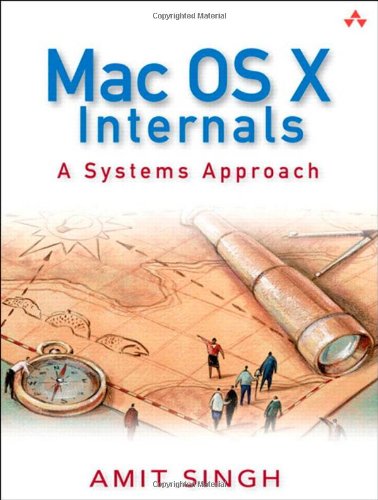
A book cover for Mac OS X Internals: A Systems Approach; Amit Singh; Computers & Technology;